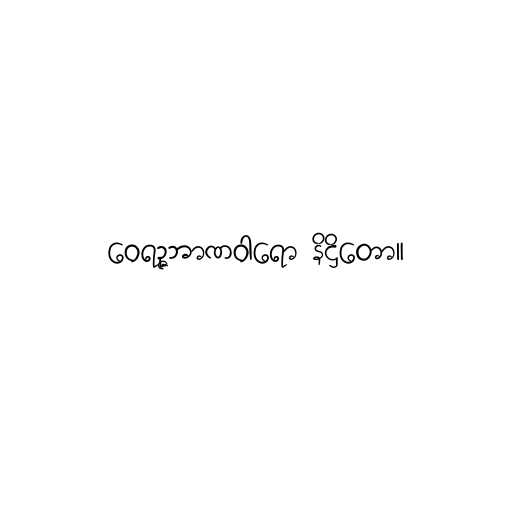
ဝေရဉ္ဇဘာဏဝါရော နိဋ္ဌိတော။